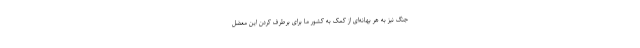
جنگ نیز به هر بهانه‌ای از کمک به کشور ما برای برطرف کردن این معضل